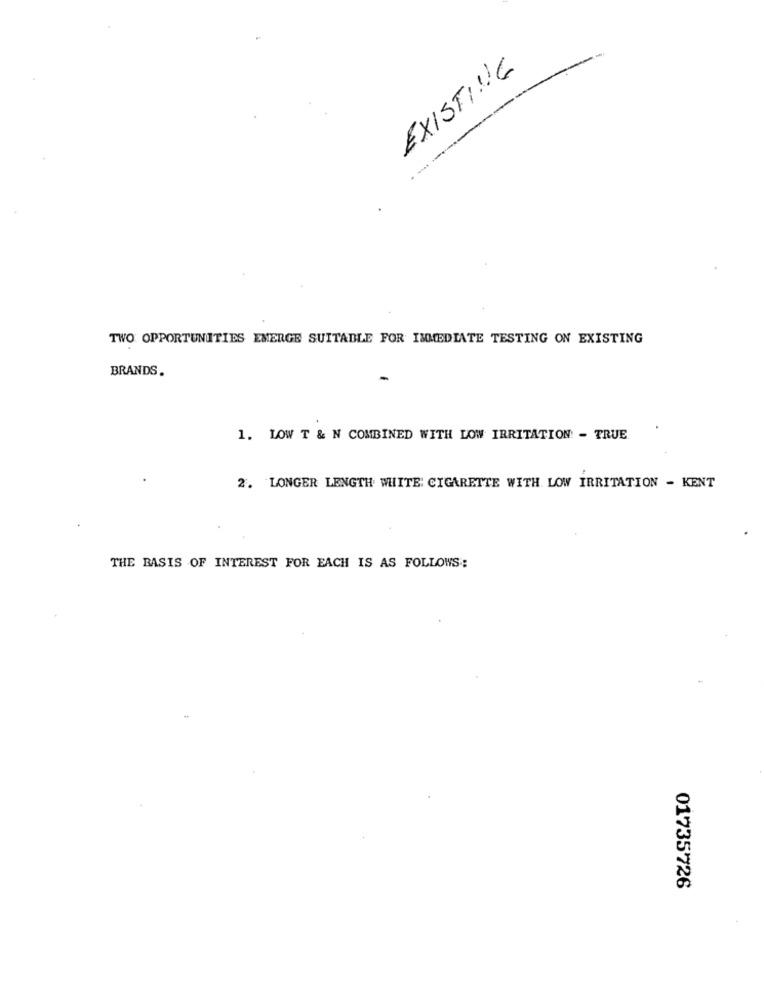
EXISTING
TWO OPPORTUNITIES EMERGE SUITABLE FOR IMMEDIATE TESTING ON EXISTING
BRANDS.
-
1. LOW T & N COMBINED WITH LOW IRRITATION - TRUE
2. LONGER LENGTH WHITE: CIGARETTE WITH. LOW IRRITATION - KENT
THE BASIS OF INTEREST FOR EACH IS AS FOLLOWS:
01735726